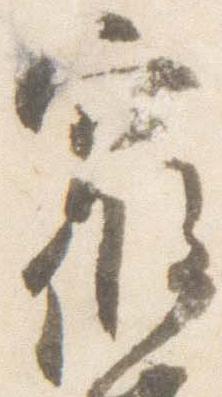
寝